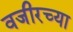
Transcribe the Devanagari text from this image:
वजीरच्या